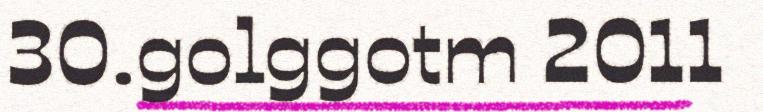
30.golggotm 2011